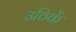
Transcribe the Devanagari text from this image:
उठिकें